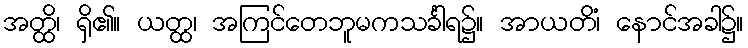
အတ္ထိ၊ ရှိ၏။ ယတ္ထ၊ အကြင်တေဘူမကသင်္ခါရ၌။ အာယတိံ၊ နောင်အခါ၌။